Civil Veterinary Dept. Bombay admin report 1893-99 - 1893-1899
Year: 1893
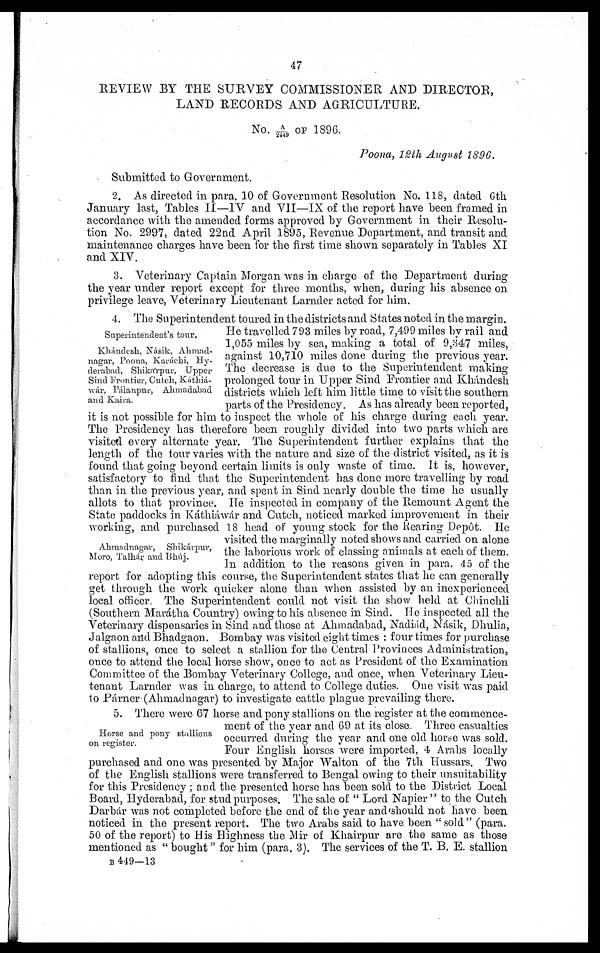
47
REVIEW BY THE SURVEY COMMISSIONER AND DIRECTOR,
LAND RECORDS AND AGRICULTURE.
No. A/2449 OF 1896.
Poona, 12th August 1896.
Submitted to Government.
2. As directed in para. 10 of Government Resolution No. 118, dated 6th
January last, Tables II—IV and VII—IX of the report have been framed in
accordance with the amended forms approved by Government in their Resolu-
tion No. 2997, dated 22nd April 1895, Revenue Department, and transit and
maintenance charges have been for the first time shown separately in Tables XI
and XIV.
3. Veterinary Captain Morgan was in charge of the Department during
the year under report except for three months, when, during his absence on
privilege leave, Veterinary Lieutenant Larnder acted for him.
Superintendent's tour.
Khándesh, Násik, Ahmad¬
nagar, Poona, Karáchi, Hy-
derabad, Shikárpur, Upper
Sind Frontier, Cutch, Káthiá¬
wár, Pálanpur, Ahmadabad
and Kaira.
Ahmadnagar,
Shikárpur,
Moro, Talhár and Bhúj.
4. The Superintendent toured in the districts and States noted in the margin.
He travelled 793 miles by road, 7,499 miles by rail and
1,055 miles by sea, making a total of 9,347 miles,
against 10,710 miles done during the previous year.
The decrease is due to the Superintendent making
prolonged tour in Upper Sind Frontier and Khándesh
districts which left him little time to visit the southern
parts of the Presidency. As has already been reported,
it is not possible for him to inspect the whole of his charge during each year.
The Presidency has therefore been roughly divided into two parts which are
visited every alternate year. The Superintendent further explains that the
length of the tour varies with the nature and size of the district visited, as it is
found that going beyond certain limits is only waste of time. It is, however,
satisfactory to find that the Superintendent has done more travelling by road
than in the previous year, and spent in Sind nearly double the time he usually
allots to that province. He inspected in company of the Remount Agent the
State paddocks in Káthiáwár and Cutch, noticed marked improvement in their
working, and purchased 18 head of young stock for the Rearing Depôt. He
visited the marginally noted shows and carried on alone
the laborious work of classing animals at each of them.
In addition to the reasons given in para. 45 of the
report for adopting this course, the Superintendent states that he can generally
get through the work quicker alone than when assisted by an inexperienced
local officer. The Superintendent could not visit the show held at Chinchli
(Southern Marátha Country) owing to his absence in Sind. He inspected all the
Veterinary dispensaries in Sind and those at Ahmadabad, Nadiád, Násik, Dhulia,
Jalgaon and Bhadgaon. Bombay was visited eight times: four times for purchase
of stallions, once to select a stallion for the Central Provinces Administration,
once to attend the local horse show, once to act as President of the Examination
Committee of the Bombay Veterinary College, and once, when Veterinary Lieu-
tenant Larnder was in charge, to attend to College duties. One visit was paid
to Párner (Ahmadnagar) to investigate cattle plague prevailing there.
Horse and pony stallions
on register.
5. There were 67 horse and pony stallions on the register at the commence-
ment of the year and 69 at its close. Three casualties
occurred during the year and one old horse was sold.
Four English horses were imported, 4 Arabs locally
purchased and one was presented by Major Walton of the 7th Hussars. Two
of the English stallions were transferred to Bengal owing to their unsuitability
for this Presidency; and the presented horse has been sold to the District Local
Board, Hyderabad, for stud purposes. The sale of "Lord Napier" to the Cutch
Darbár was not completed before the end of the year and should not have been
noticed in the present report. The two Arabs said to have been "sold" (para.
50 of the report) to His Highness the Mir of Khairpur are the same as those
mentioned as "bought" for him (para. 3). The services of the T. B. E. stallion
B 449—13